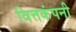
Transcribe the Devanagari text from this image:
वित्तकंपनी